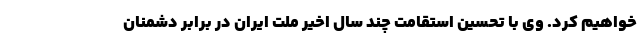
خواهیم کرد. وی با تحسین استقامت چند سال اخیر ملت ایران در برابر دشمنان